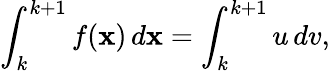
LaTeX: \int_{k}^{k+1}f(\mathbf{x})\, d\mathbf{x}=\int_{k}^{k+1}u\, dv,